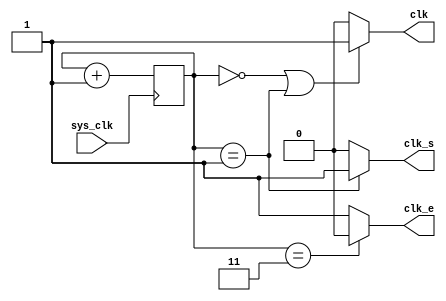
// From the book: "But How Do It Know?" pg. 96, 97
// Written by: J. Clark Scott
//
// Verilog HDL implementation of the computer described in the book.
// Edited: 4.23.23
// Clock Module
// Generates the 3 clock signals needed in the Processor:
//		1. stepper clock that drives the stepper through its steps
//		2. clock e for all register/memory/IO enables
//		3. clock s for all register/memory/IO sets
//
// * No changes required for CPU_B
// **************************************************************************************
`timescale 1ns / 1ps
module clock_gen(
	input sys_clk,					// system input clock of arbitrary frequency
	output clk,						// stepper clock
	output clk_e,					// enable clock
	output clk_s					// set clock
	);
	
	reg [1:0] clk_reg = 2'b00;		// counter
	
	always @(posedge sys_clk)		// when the input clock goes high
		clk_reg <= clk_reg + 1;		// increment counter by 1	
		
	assign clk = ((clk_reg == 2'b00) || (clk_reg == 2'b01)) ? 1'b1 : 1'b0;	// step cycle with 50% duty cycle
	assign clk_e = clk_reg == 2'b11 ? 1'b0 : 1'b1;							// 75% of step cycle
	assign clk_s = clk_reg == 2'b01 ? 1'b1 : 1'b0;							// 25% of step cycle
	
endmodule